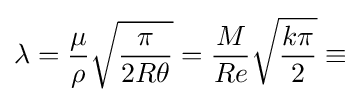
\lambda ={\dfrac {\mu }{\rho }}{\sqrt {\dfrac {\pi }{2R\theta }}}={\dfrac {M}{Re}}{\sqrt {\dfrac {k\pi }{2}}}\equiv